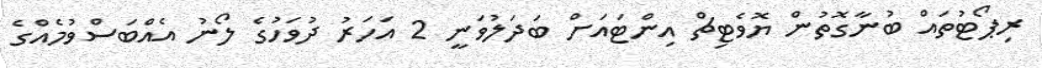
ރިޕޯޓުތައް ބުނާގޮތުން ޔޮވެޓިޗް އިންޓައަށް ބަދަލުވަނީ 2 އަހަރު ދުވަހުގެ ލޯނު އެއްބަސްވުމެއްގެ